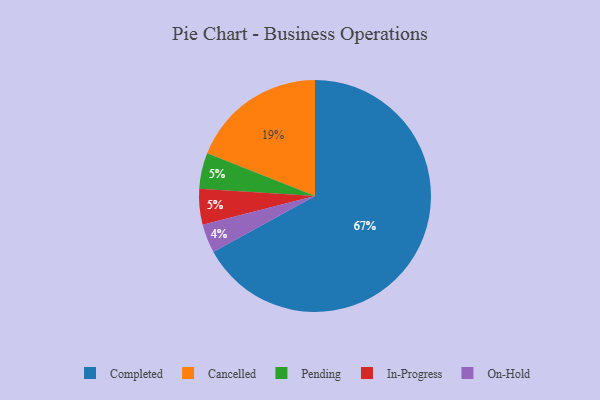
{"axis": {"x": "Category", "y": "Percentage"}, "legend": ["Cancelled", "Completed", "In-Progress", "On-Hold", "Pending"], "data": [{"x": "Completed", "y": 67, "type": "Completed"}, {"x": "Cancelled", "y": 19, "type": "Cancelled"}, {"x": "Pending", "y": 5, "type": "Pending"}, {"x": "In-Progress", "y": 5, "type": "In-Progress"}, {"x": "On-Hold", "y": 4, "type": "On-Hold"}]}